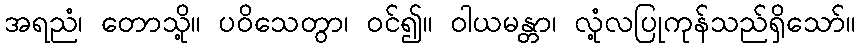
အရညံ၊ တောသို့။ ပဝိသေတွာ၊ ဝင်၍။ ဝါယမန္တာ၊ လုံ့လပြုကုန်သည်ရှိသော်။